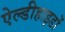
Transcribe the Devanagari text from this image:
ऐल्डीहाइडों